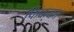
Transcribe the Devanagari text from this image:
फिक्का